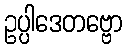
ဥပ္ပါဒေတဗ္ဗော